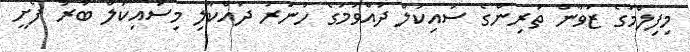
މިފިލްމުގެ ޒުވާން ތަރިންގެ ސައިކަލް ދުއްވުމުގެ ހުނަރު ދައްކާލި މިސައިކަލް ބުރު ފެށީ